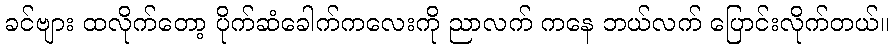
ခင်ဗျား ထလိုက်တော့ ပိုက်ဆံခေါက်ကလေးကို ညာလက် ကနေ ဘယ်လက် ပြောင်းလိုက်တယ်။